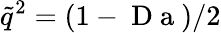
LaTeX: \tilde{q}^{2}=(1-\mathrm{~D~a~})/2